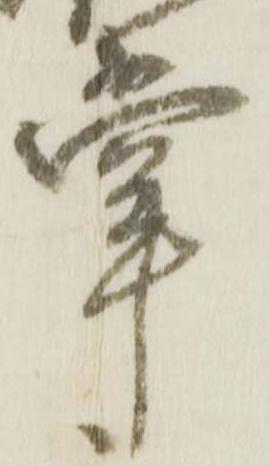
掌